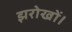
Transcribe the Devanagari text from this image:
झरोखों।